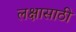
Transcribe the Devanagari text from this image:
लक्षासाठी